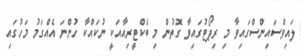
ލައިވްސައިންސްގައިވާ މި ރިޕޯޓުގައިވާ ގޮތުން މި ބެކްޓީރިއާއަކީ ނުކައްކާ ހުންނަ އެއްގަމު މަހުގައި